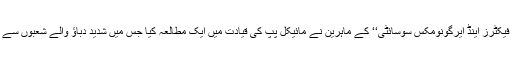
اس بات کی حقیقت جاننے کےلیے امریکا کی ’’ہیومن فیکٹرز اینڈ ایرگونومکس سوسائٹی‘‘ کے ماہرین نے مائیکل پپ کی قیادت میں ایک مطالعہ کیا جس میں شدید دباؤ والے شعبوں سے تعلق رکھنے والے 66 رضاکاروں کو شریک کیا گیا۔